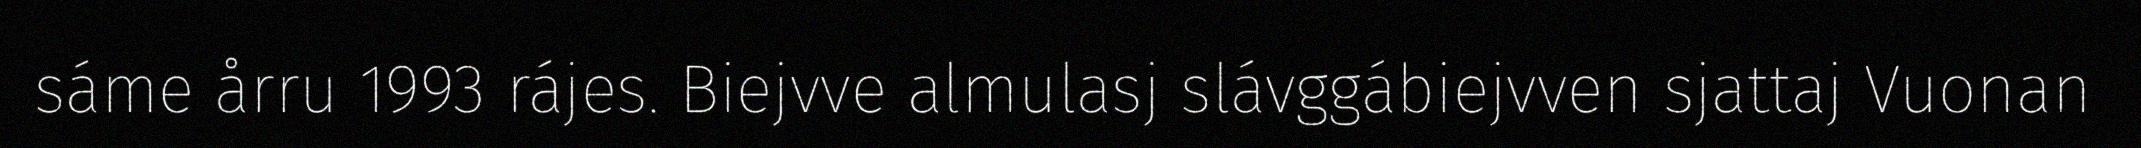
sáme årru 1993 rájes. Biejvve almulasj slávggábiejvven sjattaj Vuonan